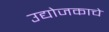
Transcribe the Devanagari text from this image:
उद्योजकाचे